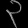
Digit: ၃